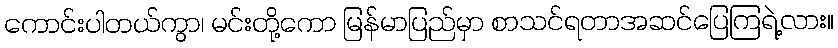
ကောင်းပါတယ်ကွာ၊ မင်းတို့ကော မြန်မာပြည်မှာ စာသင်ရတာအဆင်ပြေကြရဲ့လား။